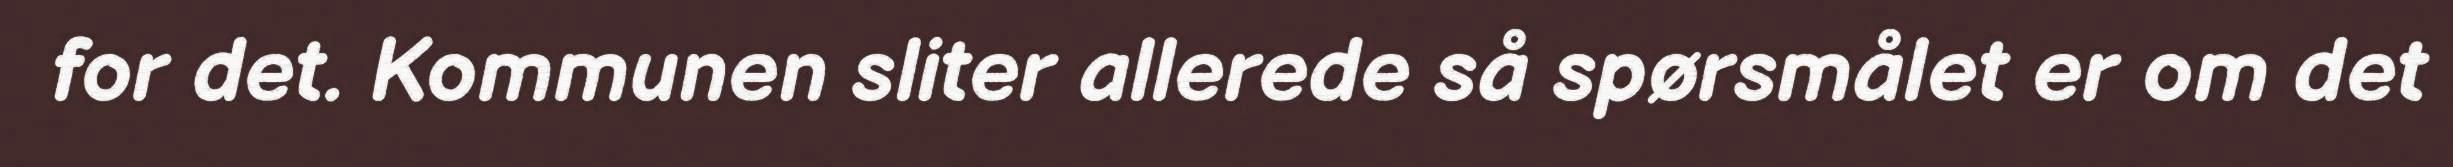
for det. Kommunen sliter allerede så spørsmålet er om det